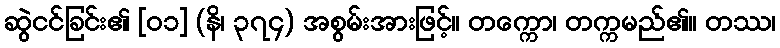
ဆွဲငင်ခြင်း၏ [၀၁] (နိ၊ ၃၇၄) အစွမ်းအားဖြင့်။ တက္ကော၊ တက္ကမည်၏။ တဿ၊